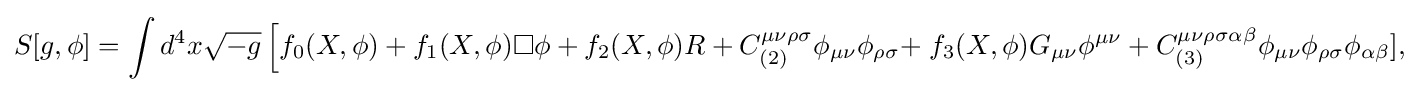
{\begin{aligned}S[g,\phi ]=\int d^{4}x{\sqrt {-g}}\left[f_{0}(X,\phi )+f_{1}(X,\phi )\square \phi +f_{2}(X,\phi )R+C_{(2)}^{\mu \nu \rho \sigma }\phi _{\mu \nu }\phi _{\rho \sigma }+\right.f_{3}(X,\phi )G_{\mu \nu }\phi ^{\mu \nu }+C_{(3)}^{\mu \nu \rho \sigma \alpha \beta }\phi _{\mu \nu }\phi _{\rho \sigma }\phi _{\alpha \beta }],\end{aligned}}